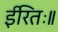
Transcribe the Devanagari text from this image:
ईरितः॥